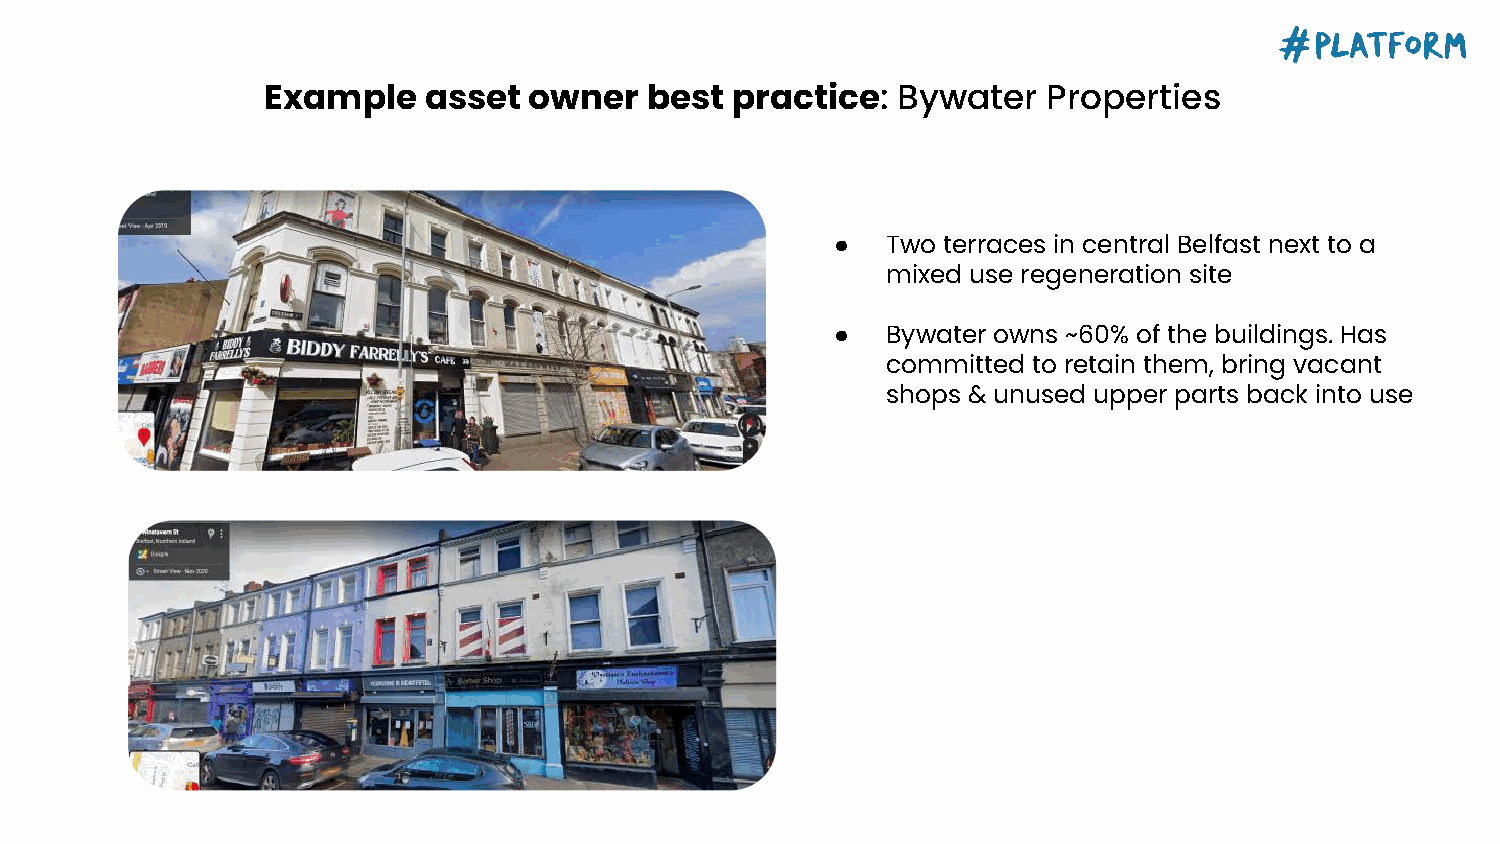
Example    asset  owner   best practice:  Bywater   Properties
 ●   Two terraces in central Belfast next to a
 mixed use regeneration site
 ●   Bywater owns ~60% of the buildings. Has
 committed to retain them, bring vacant
 shops & unused upper parts back into use